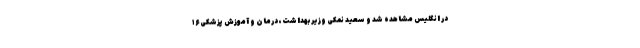
در انگلیس مشاهده شد و سعید نمکی وزیر بهداشت، درمان و آموزش پزشکی ۱۶